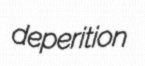
deperition